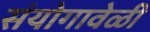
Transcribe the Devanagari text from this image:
संयोगावेळी